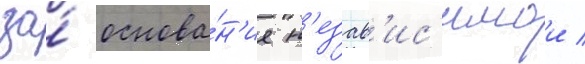
за́ основа́н'ие н'езав'ис'имои /